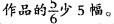
作品的\frac{5}{6}少5幅。